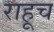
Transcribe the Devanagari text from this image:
राहूच